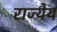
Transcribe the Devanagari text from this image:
राज्येय